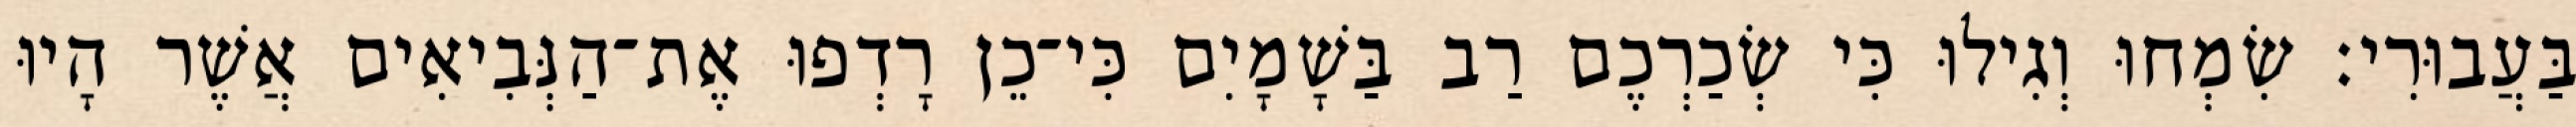
בַּעֲבוּרִי׃ שִׂמְחוּ וְגִילוּ כִּי שְׂכַרְכֶם רַב בַּשָׁמָיִם כִּי־כֵן רָדְפוּ אֶת־הַנְּבִיאִים אֲשֶׁר הָיוּ